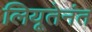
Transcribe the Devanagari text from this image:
लियूतेनंत